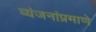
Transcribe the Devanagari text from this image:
व्यंजनांप्रमाणे